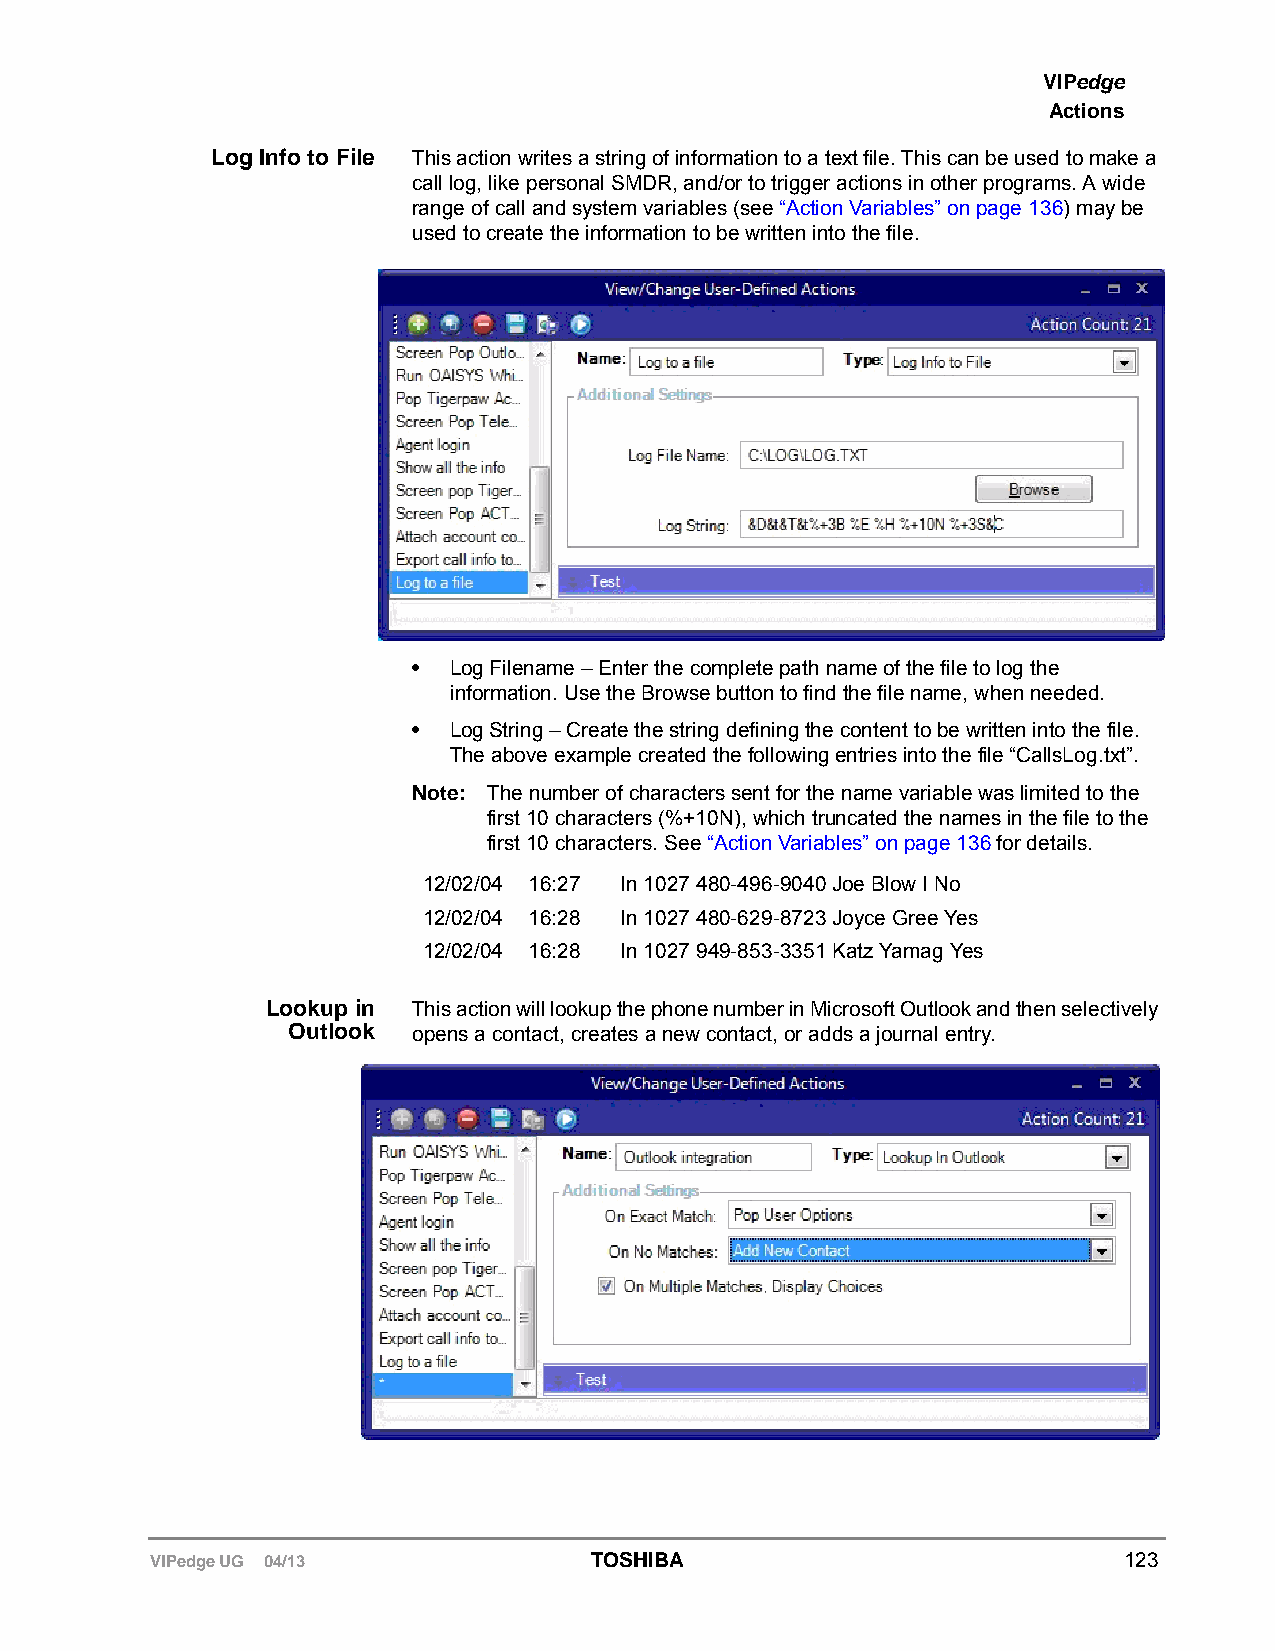
VIPedge
 Actions
 Log Info to File This action writes a string of information to a text file. This can be used to make a
 call log, like personal SMDR, and/or to trigger actions in other programs. A wide
 range of call and system variables (see “Action Variables” on page 136) may be
 used to create the information to be written into the file.
 •  Log Filename – Enter the complete path name of the file to log the
 information. Use the Browse button to find the file name, when needed.
 •  Log String – Create the string defining the content to be written into the file.
 The above example created the following entries into the file “CallsLog.txt”.
 Note: The number of characters sent for the name variable was limited to the
 first 10 characters (%+10N), which truncated the names in the file to the
 first 10 characters. See “Action Variables” on page 136 for details.
 12/02/04 16:27 In 1027 480-496-9040 Joe Blow I No
 12/02/04 16:28 In 1027 480-629-8723 Joyce Gree Yes
 12/02/04 16:28 In 1027 949-853-3351 Katz Yamag Yes
 Lookup in This action will lookup the phone number in Microsoft Outlook and then selectively
 Outlook opens a contact, creates a new contact, or adds a journal entry.
 VIPedge UG 04/13             TOSHIBA                            123